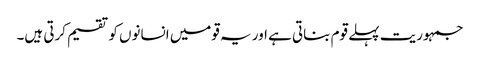
جمہوریت پہلے قوم بناتی ہے اور یہ قومیں انسانوں کو تقسیم کرتی ہیں۔